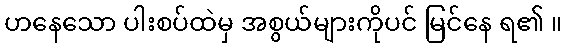
ဟနေသော ပါးစပ်ထဲမှ အစွယ်များကိုပင် မြင်နေ ရ၏ ။